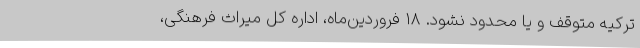
ترکیه متوقف و یا محدود نشود. ۱۸ فروردین‌ماه، اداره کل میراث فرهنگی،